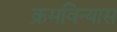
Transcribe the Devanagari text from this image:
क्रमविन्यास